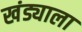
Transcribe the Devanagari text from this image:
खंड्याला